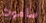
ساموت